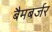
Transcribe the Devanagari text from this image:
बैमबर्जर